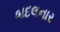
બદલનાર